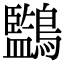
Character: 𪇖